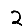
Digit: 2